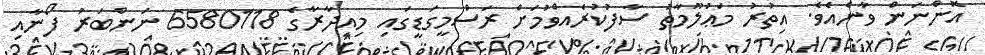
އޮންނަން ވާނެއެވެ. އިތުރު މަޢުލޫމާތު ސާފުކުރެއްވުމަށް ރަސްމީގަޑީގައި މިއިދާރާގެ 6580118 ނަންބަރު ފޯނާއި